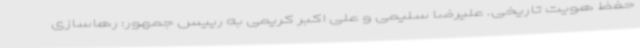
حفظ هویت تاریخی. علیرضا سلیمی و علی اکبر کریمی به رییس جمهور: رهاسازی